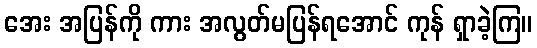
အေး အပြန်ကို ကား အလွတ်မပြန်ရအောင် ကုန် ရှာခဲ့ကြ။